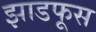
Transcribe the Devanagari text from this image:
झाडफूस